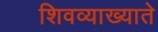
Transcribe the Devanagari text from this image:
शिवव्याख्याते